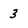
Character: 3